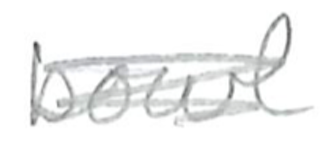
Text: bowl
Cross-out: scratch
Writing tool: pencil